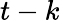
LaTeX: t-k